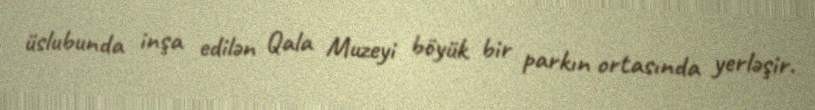
üslubunda inşa edilən Qala Muzeyi böyük bir parkın ortasında yerləşir.